Leaving Certificate, 1898
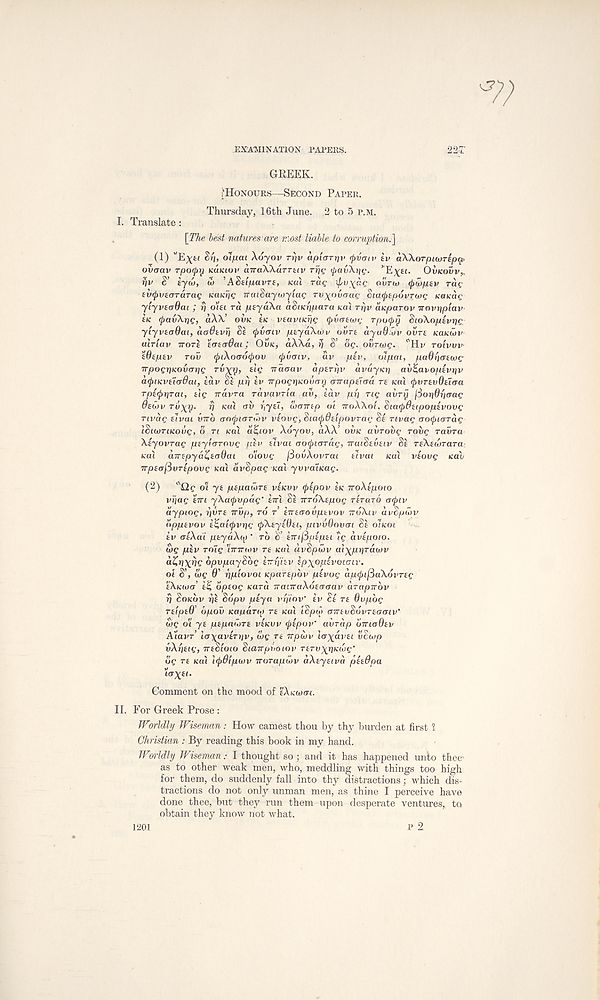
EXAMINATION PAPERS.
22;r
GREEK.
fHONOURS—SECOND PAPER.
Thursday, 16th June. 2 to 5 P.M.
I. Translate :
[The best natures 'are most liable to corruption.]
(1) ’'Ex**
ol/uai Xoyov ri)v aplarrjv <j>vcm> tv aXXorpiutTep^
ovaav rpotpr) K«icto)> airaWarTtiv rrp; ^auXrjt, 1 . ’E^at. OVKOVV,.
rjv S’ eyu), w ’AStlpavrt, KOI rat, 1 xpv^riQ OIITU) Qiioptv ra^
au^uecrrarae Kcticrig ircuSaywyiaQ rv^ovcrai- SiatytpovTwc; KOKag
yiyvtcrOat ; rj oiu ra ptyaXa aSacripara aa'i Trjv aicparov vovripiav
he (jtavXpg, a\X’ OVK IK veavucrig (pvrrtajg Tputyrj SioXoptvpg
yiyvtadai, aodtvrj Sa (pvaiv ptyaXiov ollra ayudiuv ovrt KUKUIV
ulriav TTOTI ’iatcrdai; OVK, aXXa, fj S’ og. ovrwg. l 'Hv rotvvv
Wtpzv rov (piXo<TO(j)Ov (frvoiv, av ptv, ulpai, paOgcrtojQ
irpogr]KOvar]g rv^rf, elg iraaav aptrriv avayKt] av^avoptvtjv
aepueviiadat, adv 8a pp tv Trpogr\KOV(Trj airapticra rt KCU rpvTtvOtiaa
Tpityrirai, tig Trdvra rdvavria av, idv pi) rig avry jdoriOiiaag
dtio v Tv\yj. rj KUX ai) rtytT, tvamp ot rroXXol. SicKpOttpoptvovg
rivdg tivai inrb an(j)iaTil)v vtovg,Si(updtipovTag St nvag aotyiaTag
iSuvTiKoug, o TL KCLI d^iov Xoyov, dXX’ OVK avroiig rovg ravra
Xtyovrag ptyfarovg ptv tlvcu tjotfuaTag, TratStvtiv 8e TtXtivTara
(cat cnrtpyd^taOai olovg fiovXovTcu tlvai (cat vtovg Kah
irpta(5vTtpovg KOL dvSpag /cat yvvaiKag.
(2)
*Qg ot yt ptpaioTt vtKW tptpov tK rroXtpoio
vrjag tm yXa(j)vpdg’ tirl Si irroXtpog TITO.T6 o<f>iv
dypiog, i)vTt irvp, TO T iirtaovptvov noXtv dvSpwv
npptvov t^altpvpg (pXtytOti, pivvOovai 8a oT/cm
iv crtXdi ptyaXitf " TO S’ 'tmfiptpti 'g avtpoto.
ojg piv roXg 'Irrmov rt KCU dvSpcvv ai^jurjrdwv
dZr/xrjg bpvpaySbg hriptv tpyoptvoimv.
oi S’, wg 6’ ppiovoi Kpartpbv ptvog apcfiifiaXovTtg
tXKtoa i£i bptog Kara TranraXotacrav arapTrbv
rj SOKOV pi Sbpv ptya vpiov' iv St ra Oupbg
TtlptO’ bpov KapaTi)) ra Kat lSpu> (TirtvSovTtoariv'
tog ot yt ptpnioTt vtKW cptpov' ai/rdp OTriadtv
A'cavr’ lcr\avtTr)v, cog Tt 7rpu>v lo^avti vcuip
vXptig, TTtSioio Siairpvoiov rtTv^pKieg'
bg rt KCU Icpdipcvv Trorapwv aXtytivd pttdpa
’t' ff X £i -
Comment on the mood of tXKwcn.
II. For Greek Prose :
JVorldly Wiseman: How earnest thou by thy burden at first 1
Christian : By reading this book in my hand.
W7>idly Wiseman: I thought so; and it has happened unto thee'
as to other weak men, who, meddling with things too high
for them, do suddenly fall into thy distractions; which dis-
tractions do not only unman men, as thine I perceive have
done thee, but they run them upon desperate ventures, to
obtain they know not what.
p 2
1201